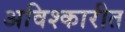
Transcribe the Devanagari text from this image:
अविश्कारीत